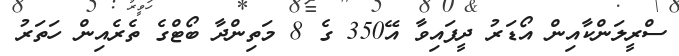
ސްރީލަންކާއިން އޯޑަރު ދީފައިވާ އޭ350 ގެ 8 މަތިންދާ ބޯޓްގެ ތެރެއިން ހަތަރު